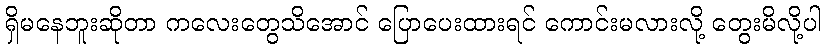
ရှိမနေဘူးဆိုတာ ကလေးတွေသိအောင် ပြောပေးထားရင် ကောင်းမလားလို့ တွေးမိလို့ပါ